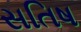
સતિષ